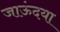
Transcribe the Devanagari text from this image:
जाऊंदया